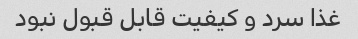
غذا سرد و کیفیت قابل قبول نبود